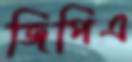
জিপিএ